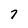
Character: 7